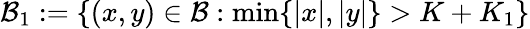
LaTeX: \mathcal{B}_{1}:=\left\{ (x,y)\in\mathcal{B}:\operatorname*{min}\{ |x|,|y|\} >K+K_{1}\right\}